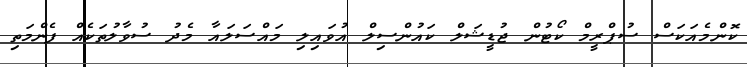
ކޮންމެއަކަސް ސުޕްރީމް ކޯޓުން ޖުޑީޝަލް ކައުންސިލް އުވައިލި މައްސަލައާ މެދު ސުވާލުތަކެއް ފެންމަތި